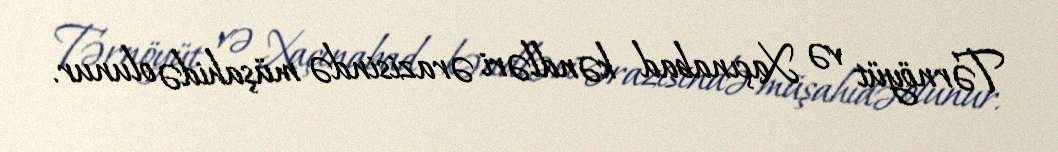
Tərnöyüt və Xaçınabad kəndləri ərazisində müşahidə olunur.